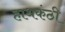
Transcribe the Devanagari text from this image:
हाथकंठी